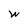
Character: W